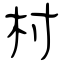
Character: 村